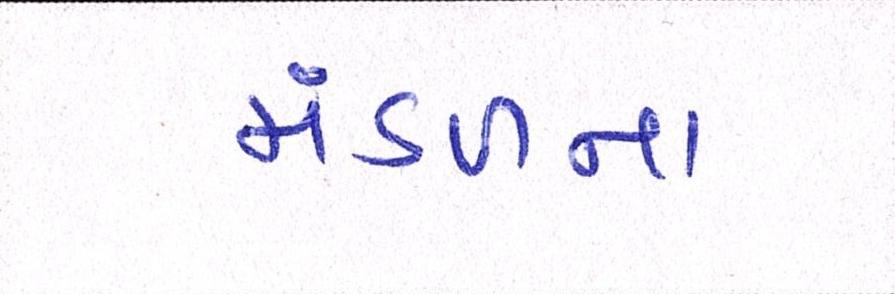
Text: મંડળના